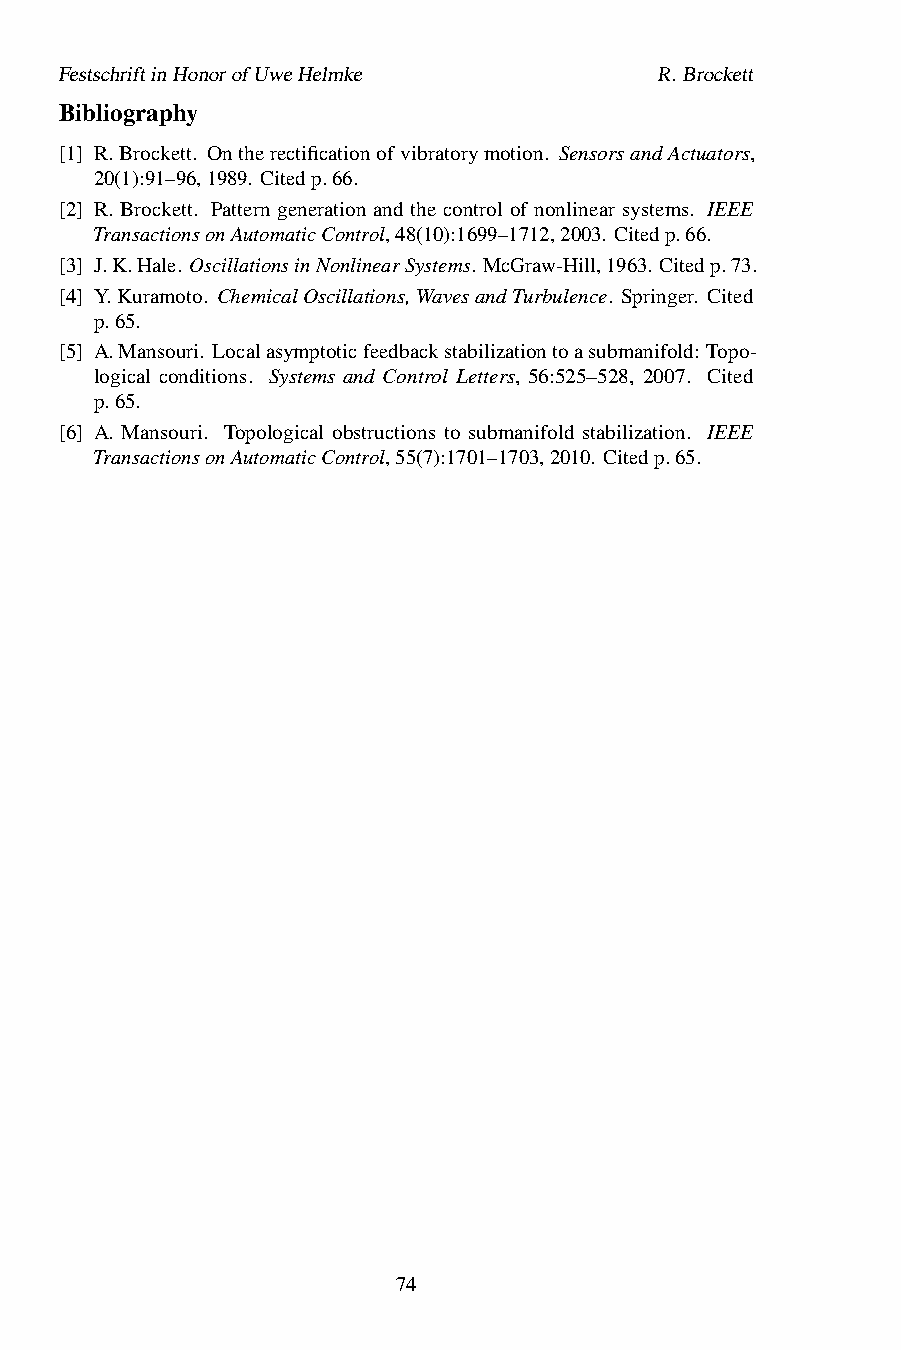
FestschriftinHonorofUweHelmke          R.Brockett
 Bibliography
 [1] R.Brockett. Ontherectificationofvibratorymotion. SensorsandActuators,
 20(1):91–96,1989. Citedp.66.
 [2] R. Brockett. Pattern generation and the control of nonlinear systems. IEEE
 TransactionsonAutomaticControl,48(10):1699–1712,2003. Citedp.66.
 [3] J.K.Hale. OscillationsinNonlinearSystems. McGraw-Hill,1963. Citedp.73.
 [4] Y.Kuramoto. ChemicalOscillations,WavesandTurbulence. Springer. Cited
 p.65.
 [5] A.Mansouri. Localasymptoticfeedbackstabilizationtoasubmanifold: Topo-
 logical conditions. Systems and Control Letters, 56:525–528, 2007. Cited
 p.65.
 [6] A. Mansouri. Topological obstructions to submanifold stabilization. IEEE
 TransactionsonAutomaticControl,55(7):1701–1703,2010. Citedp.65.
 74